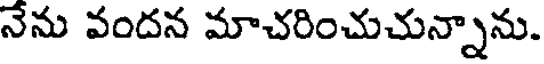
నేను వందన మాచరించుచున్నాను.